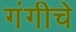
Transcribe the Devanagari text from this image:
गंगीचे